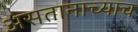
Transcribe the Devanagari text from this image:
असतानाच्याच